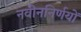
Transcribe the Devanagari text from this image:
नवीननिर्णयों